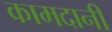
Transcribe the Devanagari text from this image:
कामदानी